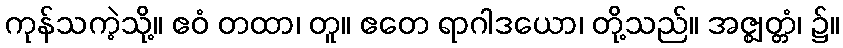
ကုန်သကဲ့သို့။ ဧဝံ တထာ၊ တူ။ ဧတေ ရာဂါဒယော၊ တို့သည်။ အဇ္ဈတ္တံ၊ ၌။